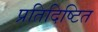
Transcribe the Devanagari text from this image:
प्रतिदिष्टित